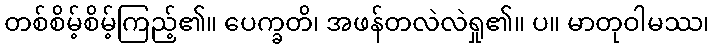
တစ်စိမ့်စိမ့်ကြည့်၏။ ပေက္ခတိ၊ အဖန်တလဲလဲရှု၏။ ပ။ မာတုဝါမဿ၊